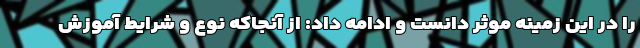
را در این زمینه موثر دانست و ادامه داد: از آنجاکه نوع و شرایط آموزش